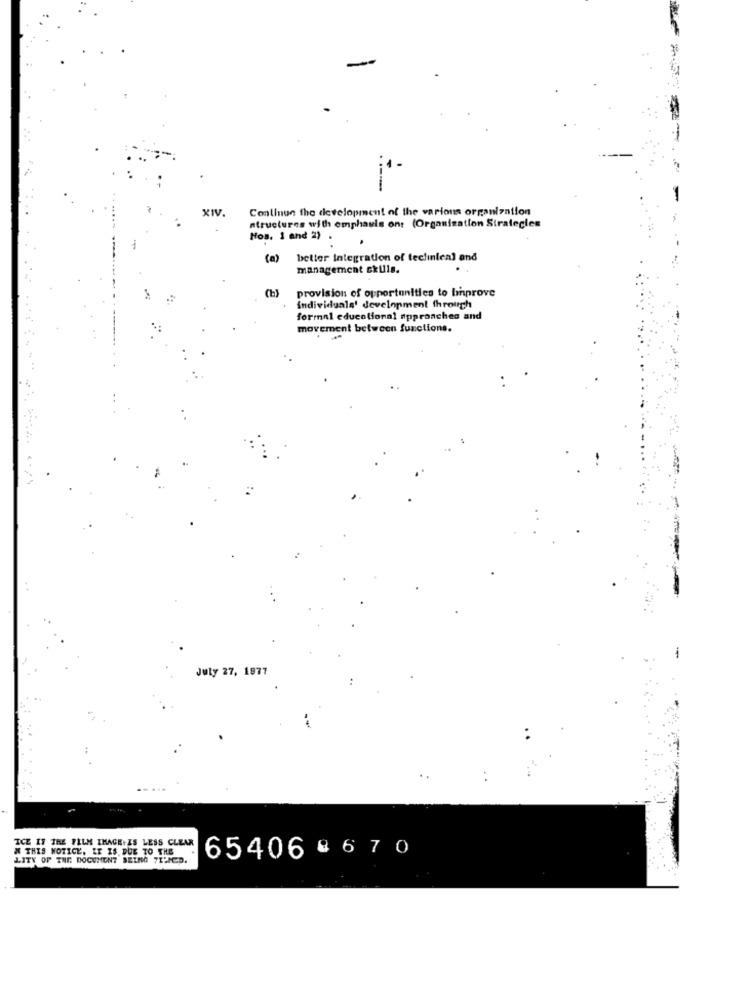
XIV.
Continue the development of the various organization
structures with emphasis on: (Organization Strategies
Nos. 1 and 2) .
(a)
better integration of teclinical and
management skills.
(b)
provision of opportunities to linprove
individuals' development through
formal educational approaches and
movement between functions.
--------
July 27, 1977
ICE IT THE FILM IMAGE IS LESS CLEAR
W THIS NOTICE. IT IS DUE TO THE
65406 @ 6 7 0
LITY OF THE DOCUMENT BEING 7L'ACD.